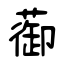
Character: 蓹